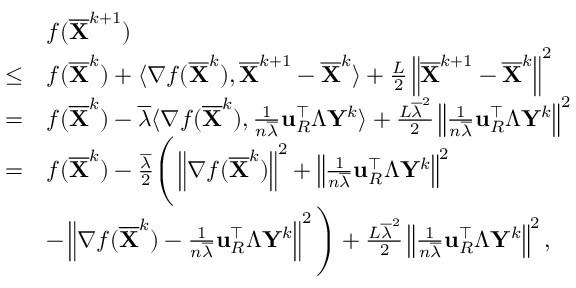
\begin{array} { r l } & { f ( \overline { { { \mathbf { X } } } } ^ { k + 1 } ) } \\ { \leq } & { f ( \overline { { { \mathbf { X } } } } ^ { k } ) + \langle \nabla f ( \overline { { { \mathbf { X } } } } ^ { k } ) , \overline { { { \mathbf { X } } } } ^ { k + 1 } - \overline { { { \mathbf { X } } } } ^ { k } \rangle + \frac { L } { 2 } \left\| \overline { { { \mathbf { X } } } } ^ { k + 1 } - \overline { { { \mathbf { X } } } } ^ { k } \right\| ^ { 2 } } \\ { = } & { f ( \overline { { { \mathbf { X } } } } ^ { k } ) - \overline { { \lambda } } \langle \nabla f ( \overline { { { \mathbf { X } } } } ^ { k } ) , \frac { 1 } { n \overline { { \lambda } } } { \mathbf { u } } _ { R } ^ { \intercal } \Lambda { \mathbf { Y } } ^ { k } \rangle + \frac { L \overline { { \lambda } } ^ { 2 } } { 2 } \left\| \frac { 1 } { n \overline { { \lambda } } } { \mathbf { u } } _ { R } ^ { \intercal } \Lambda { \mathbf { Y } } ^ { k } \right\| ^ { 2 } } \\ { = } & { f ( \overline { { { \mathbf { X } } } } ^ { k } ) - \frac { \overline { { \lambda } } } { 2 } \Bigg ( \left\| \nabla f ( \overline { { { \mathbf { X } } } } ^ { k } ) \right\| ^ { 2 } + \left\| \frac { 1 } { n \overline { { \lambda } } } { \mathbf { u } } _ { R } ^ { \intercal } \Lambda { \mathbf { Y } } ^ { k } \right\| ^ { 2 } } \\ & { - \left\| \nabla f ( \overline { { { \mathbf { X } } } } ^ { k } ) - \frac { 1 } { n \overline { { \lambda } } } { \mathbf { u } } _ { R } ^ { \intercal } \Lambda { \mathbf { Y } } ^ { k } \right\| ^ { 2 } \Bigg ) + \frac { L \overline { { \lambda } } ^ { 2 } } { 2 } \left\| \frac { 1 } { n \overline { { \lambda } } } { \mathbf { u } } _ { R } ^ { \intercal } \Lambda { \mathbf { Y } } ^ { k } \right\| ^ { 2 } , } \end{array}